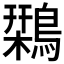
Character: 𪄃